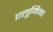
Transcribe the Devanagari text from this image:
एलूमिना